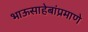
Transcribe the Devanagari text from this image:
भाऊसाहेबांप्रमाणे